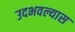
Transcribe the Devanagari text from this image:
उदभवल्यास